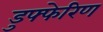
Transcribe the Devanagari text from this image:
डुफ्फेरिण